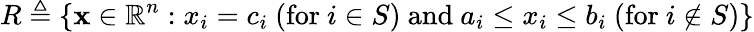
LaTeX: R\triangleq\left\{ \mathbf{x}\in\mathbb{R}^{n}:x_{i}=c_{i}\ ({\mathrm{for~}}i\in S){\mathrm{~and~}}a_{i}\leq x_{i}\leq b_{i}\ ({\mathrm{for~}}i\notin S)\right\}